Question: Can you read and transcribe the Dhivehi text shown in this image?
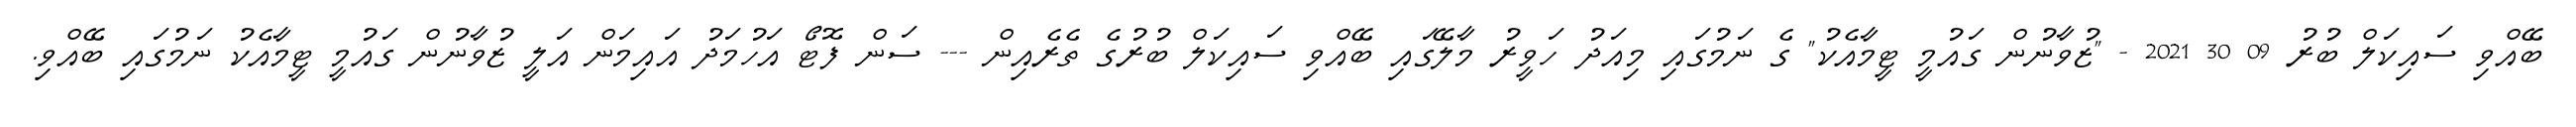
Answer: ބޭއްވި ސައިކަލް ބުރު 09 30 2021 - "ޒުވާނުން ގައުމީ ޓީމާއެކު" ގެ ނަމުގައި މިއަދު ހަވީރު މާލޭގައި ބޭއްވި ސައިކަލް ބުރުގެ ތެރެއިން --- ސަން ފޮޓޯ އަހުމަދު އައިމަން އަލީ ޒުވާނުން ގައުމީ ޓީމާއެކު ނަމުގައި ބޭއްވި.